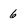
Character: 6